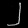
Digit: ၂